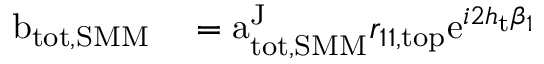
\begin{array} { r l } { \mathrm { b } _ { \mathrm { t o t , S M M } } } & { { } = \mathrm { a } _ { \mathrm { t o t , S M M } } ^ { \mathrm { J } } r _ { 1 1 , \mathrm { t o p } } \mathrm { e } ^ { i 2 h _ { \mathrm { t } } \beta _ { 1 } } } \end{array}